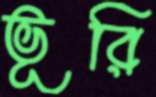
ভূরি